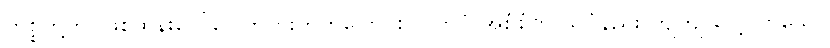
ကိစ္စတို့တွင်ဖြစ်ထွန်းပေါ်ပေါက်တိုးတက်ပြောင်းလဲလာပုံ အစုံစုံကို သိပ္ပံနည်း ကျကျ လေ့လာသော